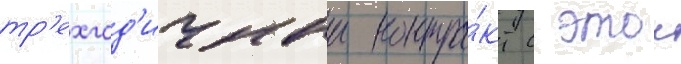
тр'ехгод'ичныи контра́кт с этои